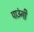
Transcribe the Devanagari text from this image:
पाउंगी